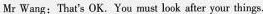
Mr Wang: That's OK. You must look after your things